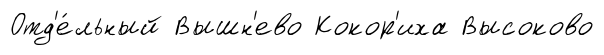
Отд'е́льный Вышн'ево Кокор'иха Высоково